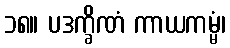
၁၈။ ပဒက္ခိဏံ ကာယကမ္မံ၊